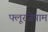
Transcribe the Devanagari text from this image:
फ्लूरजेपाम